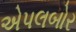
એપલબોર